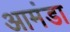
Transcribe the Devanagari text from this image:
आमंडा